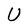
Character: U